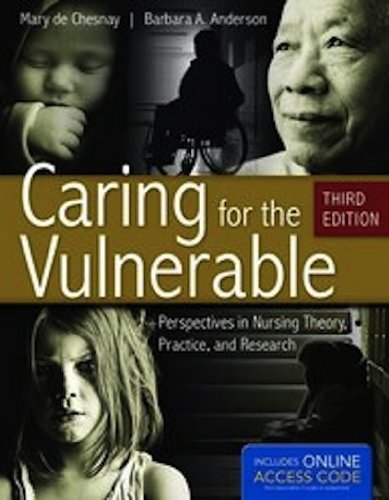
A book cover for Caring For The Vulnerable: Perspectives in Nursing Theory, Practice, and Research (De Chasnay, Caring for the Vulnerable); Mary de Chesnay; Medical Books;